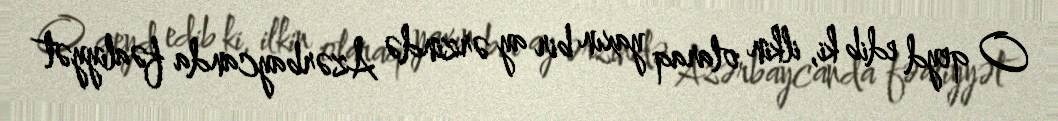
O qeyd edib ki, ilkin olaraq yaxın bir ay ərzində Azərbaycanda fəaliyyət